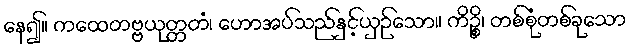
နေ၍။ ကထေတဗ္ဗယုတ္တတံ၊ ဟောအပ်သည်နှင့်ယှဉ်သော။ ကိဉ္စိ၊ တစ်စုံတစ်ခုသော